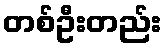
တစ်ဦးတည်း